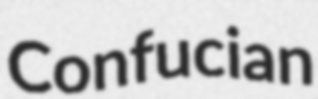
Confucian